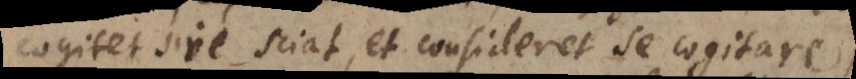
cogitet sive sciat, et consideret se cogitare